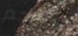
استحم